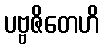
ပဗ္ဗဇိတေဟိ